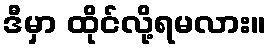
ဒီမှာ ထိုင်လို့ရမလား။